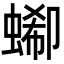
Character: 𧎙